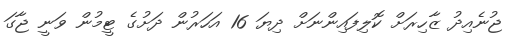
ޖުނެއިދު ޒާހިރަށް ކޮލިފައިންނަށް ދިޔަ 16 އަހަރުން ދަށުގެ ޓީމުން ވަނީ ޖާގަ